Vaccination in the Punjab 1883-1896 - 1883-1896
Year: 1883
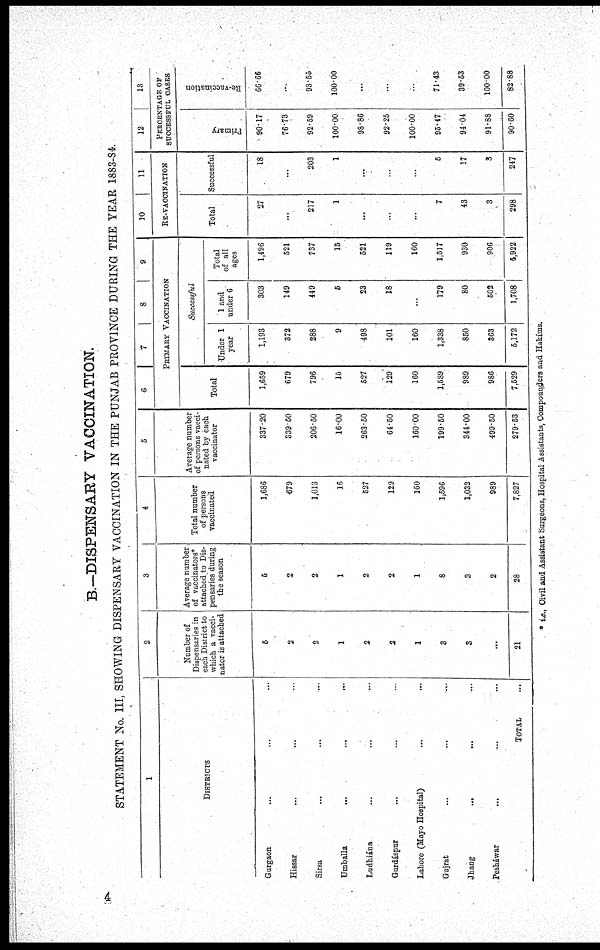
B.—DISPENSARY VACCINATION.
STATEMENT No. III, SHOWING DISPENSARY VACCINATION IN THE PUNJAB PROVINCE DURING THE YEAR 1883-84.
1
DISTRICTS
Gurgaon ... ... ...
Hissar ... ... ...
Sirsa ... ... ...
Umballa ... ... ...
Ludhiána ... ... ...
Gurdáspur ... ... ...
Lahore (Mayo Hospital) ... ...
Gujrat
...
...
...
Jhang
...
...
...
Pesháwar ... ... ...
TOTAL ...
2
Number of
Dispensaries in
each District to
which a vacci¬
nator is attached
5
2
2
1
2
2
1
3
3
...
21
3
Average number
of vaccinators*
attached to Dis-
pensaries during
the season
5
2
2
1
2
2
1
8
3
2
28
4
Total number
of persons
vaccinated
1,686
679
1,013
16
527
129
160
l,596
1,032
989
7,827
5
Average number
of persons vacci-
nated by each
vaccinator
337.20
339.50
206.50
16.00
563.50
64.50
160.00
199.50
344.00
499.50
279.53
6
7
8
9
PRIMARY VACCINATION
Total
1,659
679
796
15
527
129
160
1,589
989
986
7,529
Successful
Under 1
year
1,193
372
288
9
498
101
160
1,338
850
363
5,172
1 and
under 6
303
149
449
5
23
18
...
179
80
502
1,708
Total
of all
ages
1,496
521
737
15
521
119
160
1.517
930
906
6,922
10
11
RE-VACCINATION
Total
27
...
217
1
...
...
...
7
43
3
298
Successful
18
...
203
1
...
...
...
5
17
3
247
12
13
PERCENTAGE OF
SUCCESSFUL CASES
Primary
90.17
76.73
92.59
100.00
98.86
92.25
100.00
95.47
94.04
91.88
90.60
Re-vaccination
66.66
...
93.55
100.00
...
...
...
71.43
39.53
100.00
82.88
* i.e., Civil and Assistant Surgeons, Hospital Assistants, Compounders and Hakíms.
4